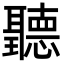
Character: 聽